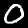
Digit: 0